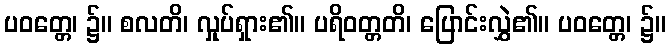
ပဝတ္တေ၊ ၌။ စလတိ၊ လှုပ်ရှား၏။ ပရိဝတ္တတိ၊ ပြောင်းလွှဲ၏။ ပဝတ္တေ၊ ၌။